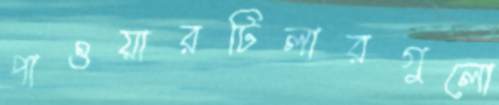
পাওয়ারটিলারগুলো